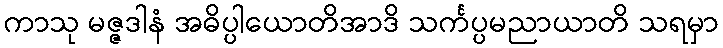
ကာသု မဇ္ဇဒါနံ အဓိပ္ပါယောတိအာဒိ သင်္ကပ္ပမညာယာတိ သရမှာ